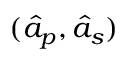
( \hat { a } _ { p } , \hat { a } _ { s } )